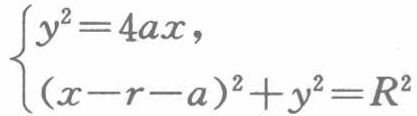
\(\begin{cases}y^{2}=4ax,\\(x - r - a)^{2}+y^{2}=R^{2}\end{cases}\)